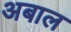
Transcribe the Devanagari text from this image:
अबाल